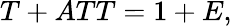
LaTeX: T+ATT=1+E,